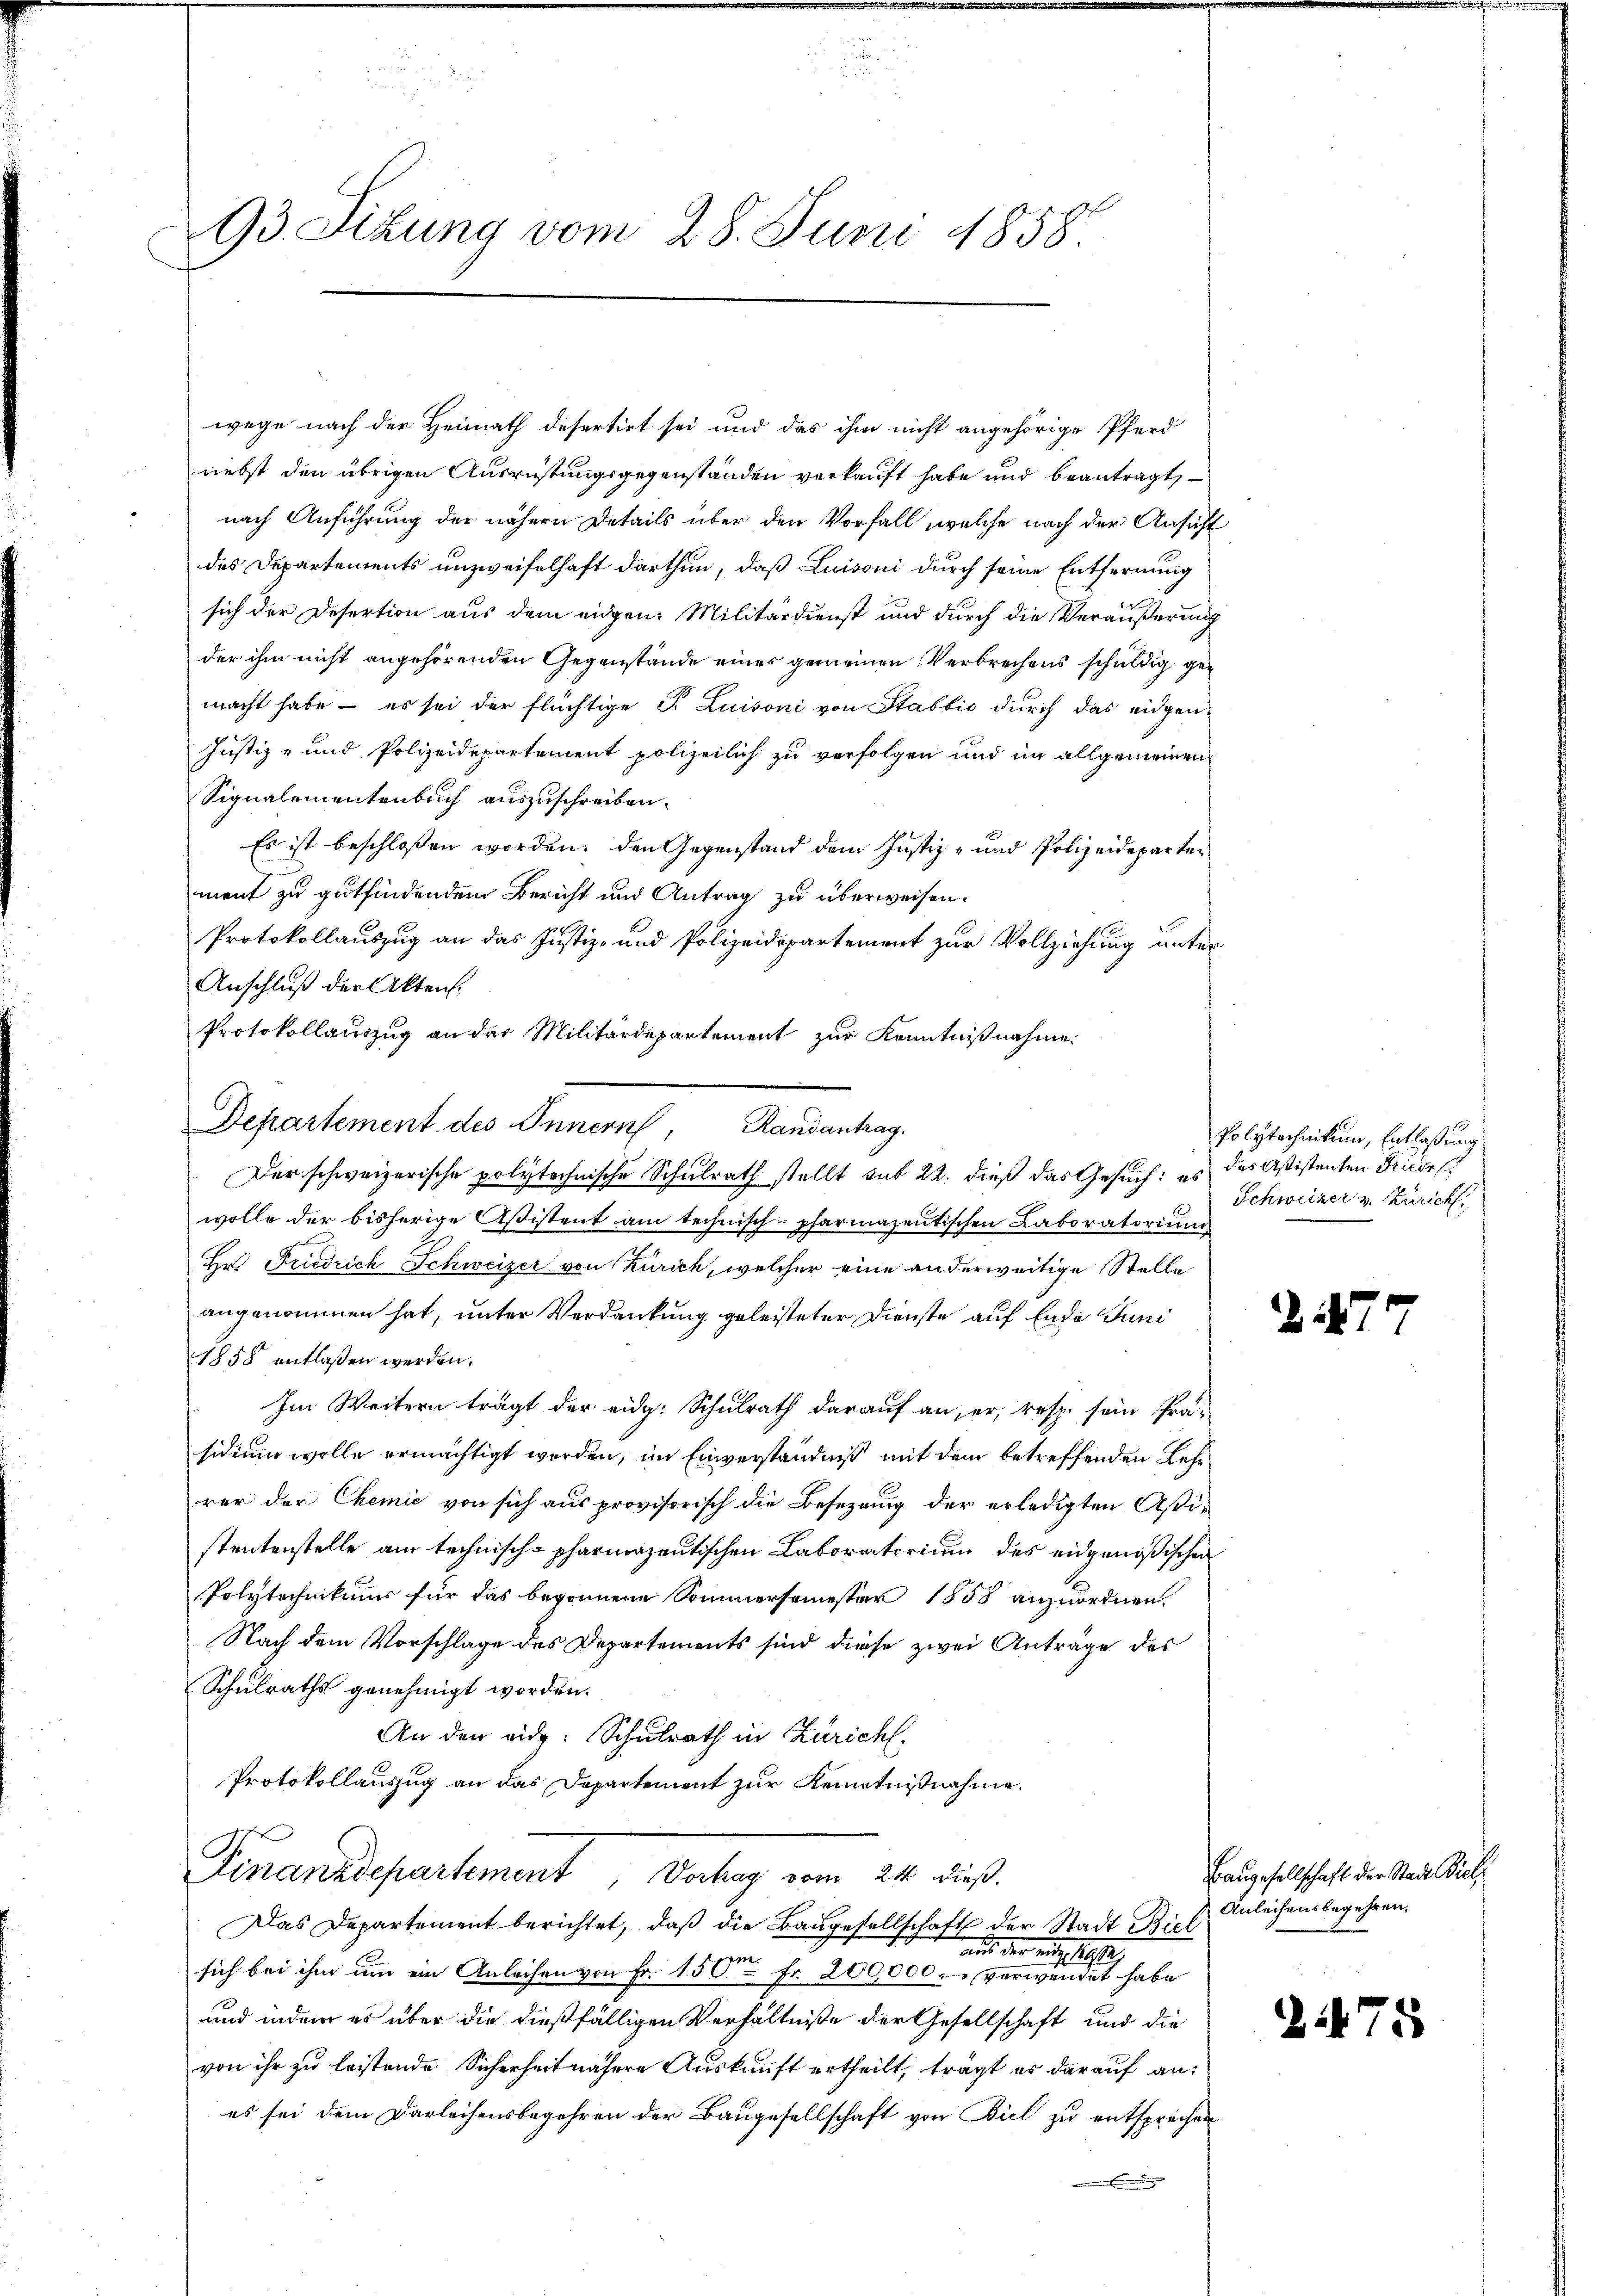
93. Situng vom 28. Juni 1858

wege nach der Heimath desertirt sei und das ihm nicht angehörige Pferd
nebst den übrigen Ausrüstungsgegenstanden verkauft habe und beantragt,
nach Anführung der nähern Details über den Vorfall, welche nach der Ansicht
des Departements unzweifelhaft darthun, daß Luisoni durch seine Entfernung
sich der Desertion aus dem eidgen. Militärdienst und durch die Veräußerung
der ihm nicht angehörenden Gegenstände eines gemeinen Verbrechens schuldig gemacht habe – es sei der flüchtige P. Luisoni von Stabbić durch das eidgen¬
Justiz- und Polizeidepartement polizeilich zu verfolgen und im allgemeinen
Signalementenbuch auszuschreiben.
Es ist beschloßen worden, den Gegenstand dem Justiz- und Polizeideparten
ment zu gutfindenden Bericht und Antrag zu überweisen.
Protokollauszug an das Justiz- und Polizeidepartement zur Vollziehung unter¬
Anschluß der Akten.
Protokollauszug an der Militärdepartement zur Kenntnißnahme.

Departement des Innern, Randantrag.
Der schweizerische polytechnische Schulrath stellt sub 22. dieß das Gesuch: es des Aßistenten Friede

wolle der bisherige Aßistent am technisch-pharmazeitischen Laboratorium
Hr. Friedrich Schweizer von Zürich, welcher eine anderweitige Stelle
angenommen hat, unter Verdankung geleisteter Dienste auf Ende Juni
1858 entlaßen werden.
Im Weitern trägt der eidg. Schulrath darauf an, er, resp. sein Prä-
sidium wolle ermächtigt werden, im Einverständniß mit dem betreffenden Lehrrer der Chemie von sich aus provisorisch die Besezung der erledigten Aßistentenstelle am technisch-pharmazentischen Laboratorium des eidgenößischen
Polytechnikums für das begonnene Sommersemester 1858 anzuordnen.
Nach dem Vorschlage des Departements sind diese zwei Anträge des
Schulraths genehmigt worden.
An den eid. Schulrath in Zürich.
Protokollauszug an das Departement zur Kenntnißnahme.
Ponanzdepartement, Waag vom alt dieß.
Das Departement berichtet, daß die Baugesellschaft der Stadt Biel
aus der eingeleiste.
sich bei ihm um ein Anleihen von Fr. 150 Fr. 200,000. verwendet habe
und indem es über die dießfälligen Verhältniße der Gesellschaft und die
von ihr zu leistende Sicherheit nähere Auskauft ertheilt, trägt es darauf an:
es sei dem Darleihensbegehren der Baugesellschaft von Biel zu entsprechen

1
Polytechnikum, Entlaßung
Schweizer v. Zürich,

2

Baugesellschaft der Stadt Viel¬
Anleihensbegehren.

2475